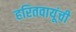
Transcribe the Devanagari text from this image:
हरितवायूंची